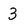
Character: 3